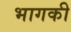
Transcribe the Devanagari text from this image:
भागकी